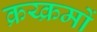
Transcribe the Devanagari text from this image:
क्रय्क्रमों